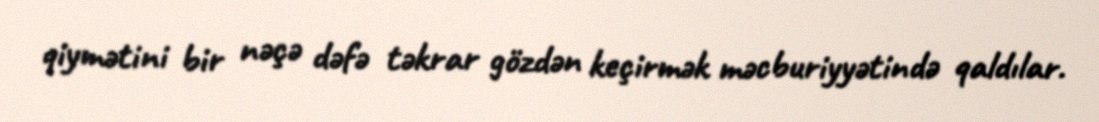
qiymətini bir nəçə dəfə təkrar gözdən keçirmək məcburiyyətində qaldılar.